Scottish Leaving Certificate Examination, 1960
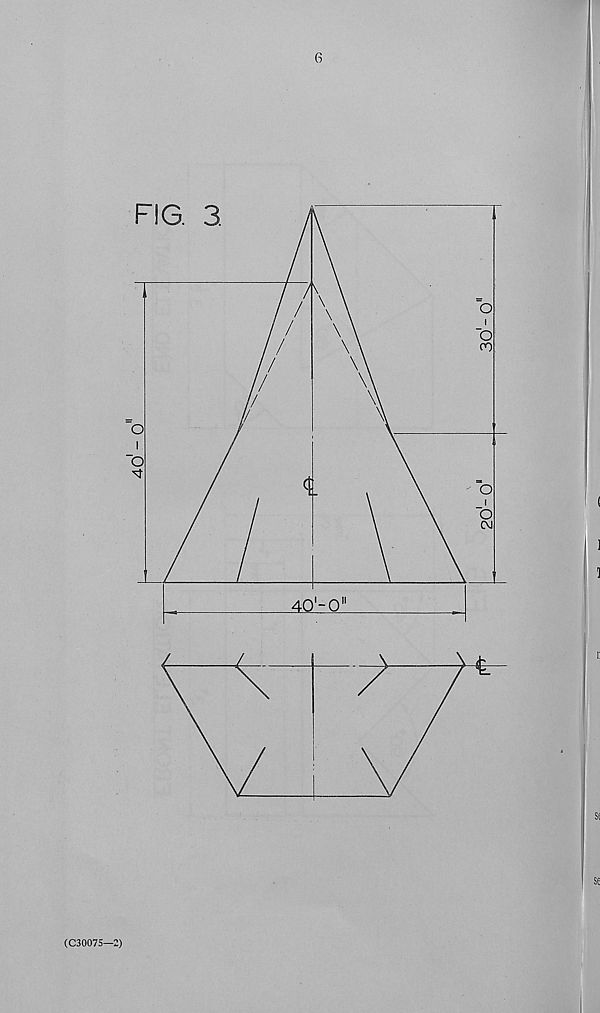
(C30075—2)
20 - 0
I
30jl